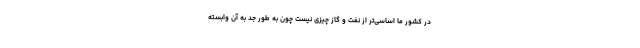
در کشور ما اساسی‌تر از نفت و گاز چیزی نیست چون به طور جد به آن وابسته